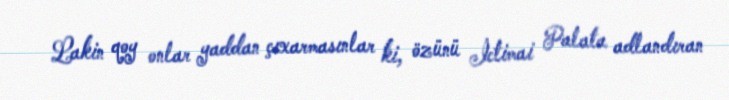
Lakin qoy onlar yaddan çıxarmasınlar ki, özünü İctimai Palata adlandıran